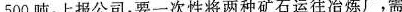
500吨，上报公司，要一次性将两种矿石运往冶炼厂，需